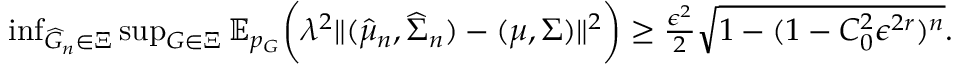
\begin{array} { r } { \operatorname* { i n f } _ { \widehat { G } _ { n } \in \Xi } \operatorname* { s u p } _ { G \in \Xi } \mathbb { E } _ { p _ { G } } \biggr ( \lambda ^ { 2 } \| ( \widehat { \mu } _ { n } , \widehat { \Sigma } _ { n } ) - ( \mu , \Sigma ) \| ^ { 2 } \biggr ) \geq \frac { \epsilon ^ { 2 } } { 2 } \sqrt { 1 - ( 1 - C _ { 0 } ^ { 2 } \epsilon ^ { 2 r } ) ^ { n } } . } \end{array}